Vaccination in Bombay 1924-1928 - 1924-1928
Year: 1924
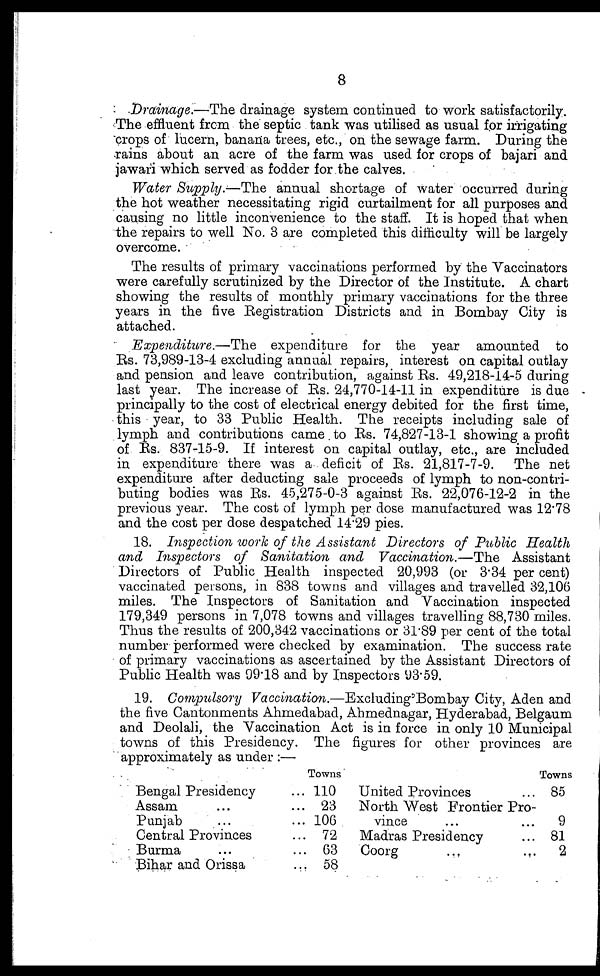
8
Drainage.—The drainage system continued to work satisfactorily.
The effluent from the septic tank was utilised as usual for irrigating
crops of lucern, banana trees, etc., on the sewage farm. During the
rains about an acre of the farm was used for crops of bajari and
jawari which served as fodder for the calves.
Water Supply.—The annual shortage of water occurred during
the hot weather necessitating rigid curtailment for all purposes and
causing no little inconvenience to the staff. It is hoped that when
the repairs to well No. 3 are completed this difficulty will be largely
overcome.
The results of primary vaccinations performed by the Vaccinators
were carefully scrutinized by the Director of the Institute. A chart
showing the results of monthly primary vaccinations for the three
years in the five Registration Districts and in Bombay City is
attached.
Expenditure.—The expenditure for the year amounted to
Rs. 73,989-13-4 excluding annual repairs, interest on capital outlay
and pension and leave contribution, against Rs. 49,218-14-5 during
last year. The increase of Rs. 24,770-14-11 in expenditure is due
principally to the cost of electrical energy debited for the first time,
this year, to 33 Public Health. The receipts including sale of
lymph and contributions came. to Rs. 74,827-13-1 showing a profit
of Rs. 837-15-9. If interest on capital outlay, etc., are included
in expenditure there was a deficit of Rs. 21,817-7-9. The net
expenditure after deducting sale proceeds of lymph to non-contri-
buting bodies was Rs. 45,275-0-3 against Rs. 22,076-12-2 in the
previous year. The cost of lymph per dose manufactured was 12.78
and the cost per dose despatched 14.29 pies.
18. Inspection work of the Assistant Directors of Public Health
and Inspectors of Sanitation and Vaccination.—The Assistant
Directors of Public Health inspected 20,993 (or 3.34 per cent)
vaccinated persons, in 838 towns and villages and travelled 32,106
miles. The Inspectors of Sanitation and Vaccination inspected
179,349 persons in 7,078 towns and villages travelling 88,730 miles.
Thus the results of 200,342 vaccinations or 31.89 per cent of the total
number performed were checked by examination. The success rate
of primary vaccinations as ascertained by the Assistant Directors of
Public Health was 99.18 and by Inspectors 93.59.
19. Compulsory Vaccination.—Excluding' Bombay City, Aden and
the five Cantonments Ahmedabad, Ahmednagar, Hyderabad, Belgaum
and Deolali, the Vaccination Act is in force in only 10 Municipal
towns of this Presidency. The figures for other provinces are
approximately as under :—
Bengal Presidency ...
Assam ... ...
Punjab ... ...
Central Provinces ...
Burma ... ...
Bihar and Orissa
...
Towns
110
23
106
72
63
58
United Provinces ...
North WestFrontier Pro-
vince ... ...
Madras Presidency ...
Coorg ... ...
Towns
85
9
81
2